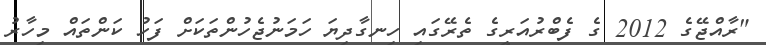
"ރާއްޖޭގެ 2012 ގެ ފެބްރުއަރީގެ ތެރޭގައި ހިނގާދިޔަ ހަމަނުޖެހުންތަކަށް ފަހު ކަންތައް މިހާރު